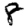
Digit: 8